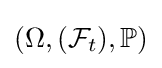
\left(\Omega ,({\mathcal {F}}_{t}),\mathbb {P} \right)